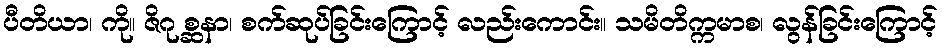
ပီတိယာ၊ ကို။ ဇိဂု စ္ဆနာ၊ စက်ဆုပ်ခြင်းကြောင့် လည်းကောင်း။ သမိတိက္ကမာစ၊ လွန်ခြင်းကြောင့်